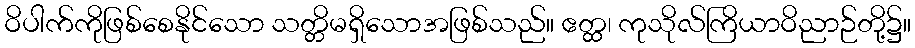
ဝိပါက်ကိုဖြစ်စေနိုင်သော သတ္တိမရှိသောအဖြစ်သည်။ ဧတ္ထ၊ ကုသိုလ်ကြိယာဝိညာဉ်တို့၌။